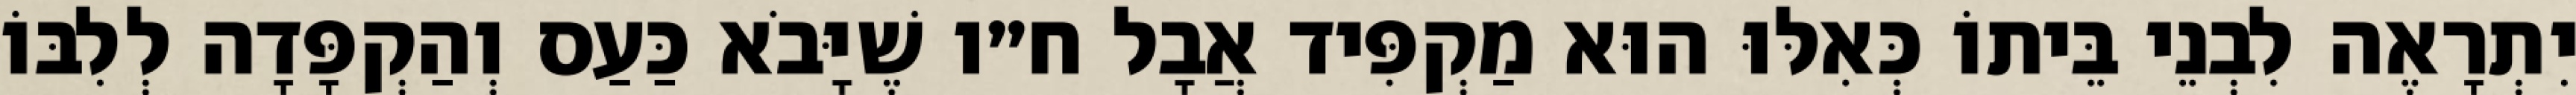
יִתְרָאֶה לִבְנֵי בֵּיתוֹ כְּאִלּוּ הוּא מַקְפִּיד אֲבָל ח״ו שֶׁיָּבֹא כַּעַס וְהַקְפָּדָה לְלִבּוֹ